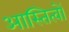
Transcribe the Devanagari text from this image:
आस्तित्वों